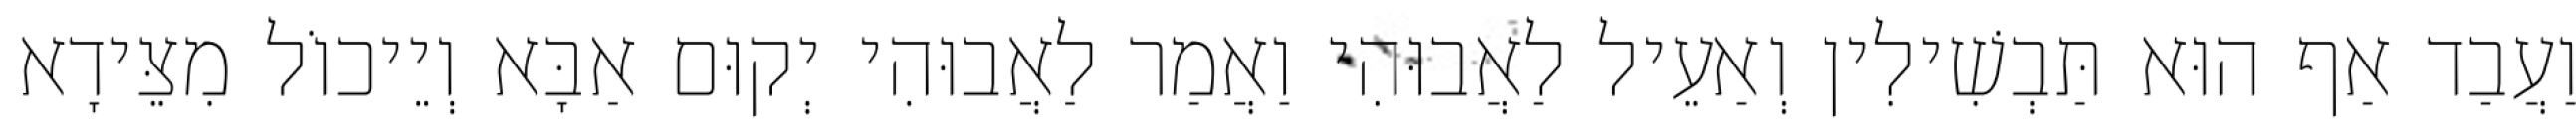
וַעֲבַד אַף הוּא תַּבְשִׁילִין וְאַעֵיל לַאֲבוּהִי וַאֲמַר לַאֲבוּהִי יְקוּם אַבָּא וְיֵיכוֹל מִצֵּידָא